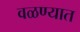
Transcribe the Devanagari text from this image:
वळण्यात